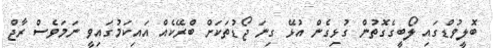
ބޮލީވުޑްގައި ލޯބީގެގޮތުން ގުޅިގެން އުޅޭ ގިނަ ޖޯޑުތަކަށް ބްރޭކެއް އައިކަމުގައިވީ ނަމަވެސް ރާޖް